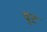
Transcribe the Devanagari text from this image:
वूट